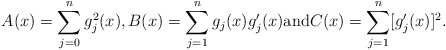
\begin{align*} A(x)=\sum_{j=0}^n g_j^{2}(x), B(x)=\sum_{j=1}^n g_j(x)g_j'(x) \mbox{and}C(x)=\sum_{j=1}^n [g_j'(x)]^2.\end{align*}